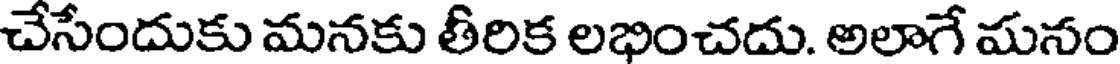
చేసేందుకు మనకు తీరిక లభించదు. అలాగే మనం